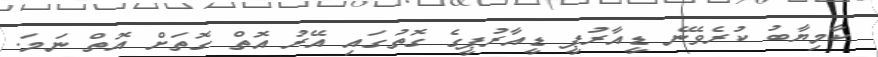
ކާމިޔާބު ކުރެވޭނެ ޑީއާރުޕީ ޑީއާރުޕީގެ ގޮތުގައި އޭރު އޮތް ގޮތަށް އޮތް ނަމަ.